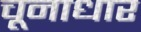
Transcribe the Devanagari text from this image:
चूनाधार